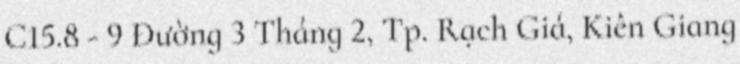
C15.8 - 9 Đường 3 Tháng 2, Tp. Rạch Giá, Kiên Giang